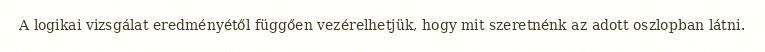
A logikai vizsgálat eredményétől függően vezérelhetjük, hogy mit szeretnénk az adott oszlopban látni.